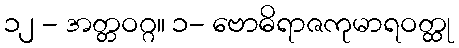
၁၂ - အတ္တဝဂ္ဂ။ ၁- ဗောဓိရာဇကုမာရဝတ္ထု